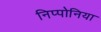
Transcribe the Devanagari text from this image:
निप्पोनिया